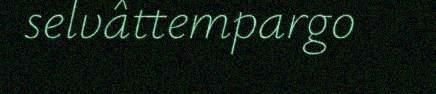
selvâttempargo